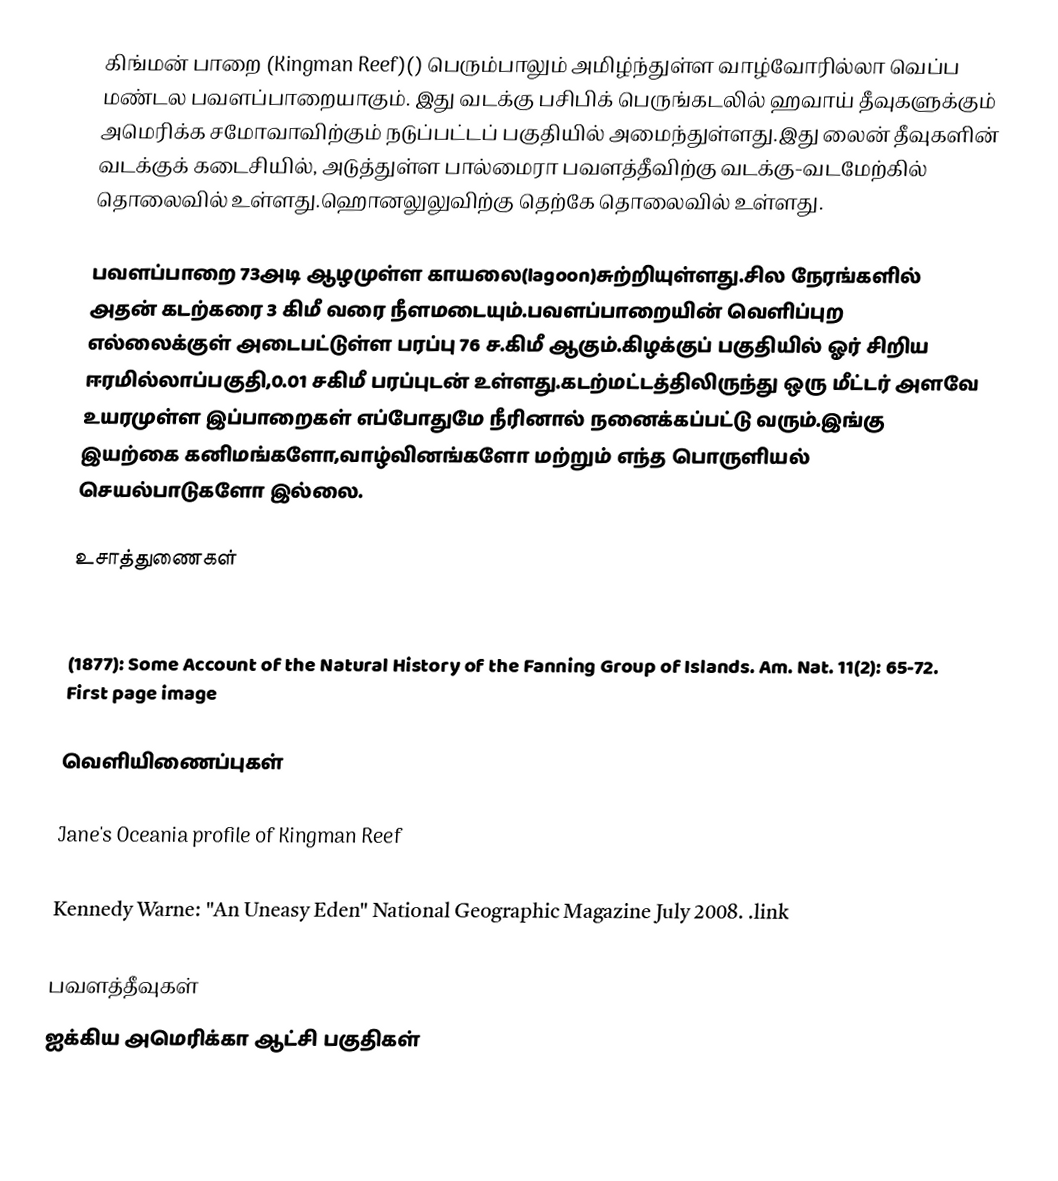
கிங்மன் பாறை (Kingman Reef)() பெரும்பாலும் அமிழ்ந்துள்ள வாழ்வோரில்லா வெப்ப மண்டல பவளப்பாறையாகும். இது வடக்கு பசிபிக் பெருங்கடலில் ஹவாய் தீவுகளுக்கும் அமெரிக்க சமோவாவிற்கும் நடுப்பட்டப் பகுதியில்                                                அமைந்துள்ளது.இது லைன் தீவுகளின் வடக்குக் கடைசியில், அடுத்துள்ள பால்மைரா பவளத்தீவிற்கு வடக்கு-வடமேற்கில்  தொலைவில் உள்ளது.ஹொனலுலுவிற்கு தெற்கே  தொலைவில் உள்ளது.

பவளப்பாறை 73அடி ஆழமுள்ள காயலை(lagoon)சுற்றியுள்ளது.சில நேரங்களில் அதன் கடற்கரை 3 கிமீ வரை நீளமடையும்.பவளப்பாறையின் வெளிப்புற எல்லைக்குள் அடைபட்டுள்ள பரப்பு 76 ச.கிமீ ஆகும்.கிழக்குப் பகுதியில் ஓர் சிறிய ஈரமில்லாப்பகுதி,0.01 சகிமீ பரப்புடன் உள்ளது.கடற்மட்டத்திலிருந்து ஒரு மீட்டர் அளவே உயரமுள்ள இப்பாறைகள் எப்போதுமே நீரினால்  நனைக்கப்பட்டு வரும்.இங்கு இயற்கை கனிமங்களோ,வாழ்வினங்களோ மற்றும் எந்த பொருளியல் செயல்பாடுகளோ இல்லை.

உசாத்துணைகள்

  (1941): American Polynesia and the Hawaiian Chain (1st ed.). Tongg Publishing Conpany, Honolulu, Hawaii.
  (1877): Some Account of the Natural History of the Fanning Group of Islands. Am. Nat. 11(2): 65-72. First page image

வெளியிணைப்புகள்

Jane's Oceania profile of Kingman Reef
K5K Amateur Radio Expedition to Kingman Reef (includes photos)
 Kennedy Warne: "An Uneasy Eden" National Geographic Magazine July 2008. .link

பவளத்தீவுகள்
ஐக்கிய அமெரிக்கா ஆட்சி பகுதிகள்